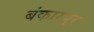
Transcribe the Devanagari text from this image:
बंकारपुर